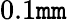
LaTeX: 0.1\mathtt{m}\mathtt{m}